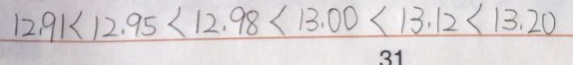
1 2 . 9 1 < 1 2 . 9 5 < 1 2 . 9 8 < 1 3 . 0 0 < 1 3 . 1 2 < 1 3 . 2 0